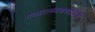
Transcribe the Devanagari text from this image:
पंचप्रेतमंचकशायिनी